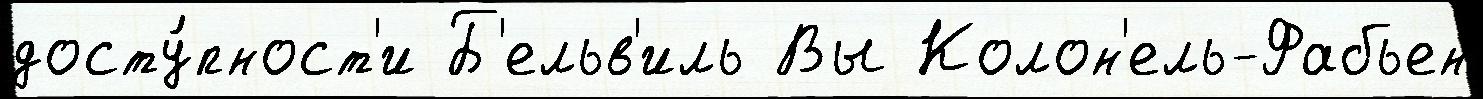
досту́пност'и Б'ельв'иль Вы Колон'ель-Фабьен